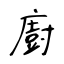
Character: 廚